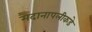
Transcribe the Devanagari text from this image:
मैदानापलीकडे